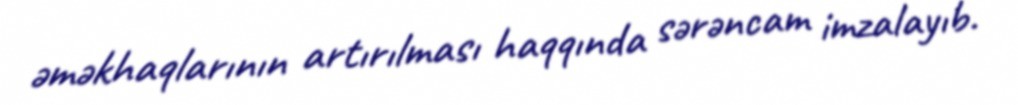
əməkhaqlarının artırılması haqqında sərəncam imzalayıb.